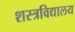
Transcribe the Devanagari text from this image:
शस्त्रविद्यालय